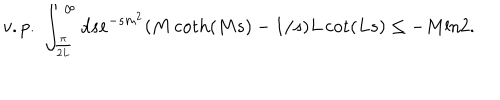
v . p . \; \int _ { \frac { \pi } { 2 L } } ^ { \infty } d s e ^ { - s m ^ { 2 } } ( M \coth ( M s ) - 1 / s ) L \cot ( L s ) \le - M \mathrm { l n } 2 .